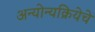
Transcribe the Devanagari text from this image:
अन्योन्यक्रियेचे